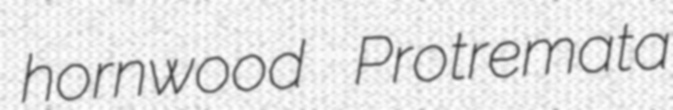
hornwood Protremata